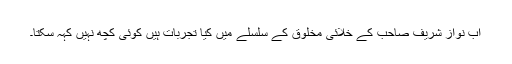
اب نواز شریف صاحب کے خلائی مخلوق کے سلسلے میں کیا تجربات ہیں کوئی کچھ نہیں کہہ سکتا۔